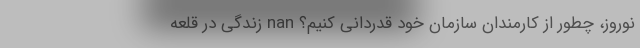
نوروز، چطور از کارمندان سازمان خود قدردانی کنیم؟ nan زندگی در قلعه